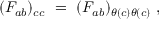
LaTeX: ( F _ { a b } ) _ { c c } ~ = ~ ( F _ { a b } ) _ { \theta ( c ) \theta ( c ) } ~ ,